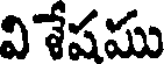
వి శేషము